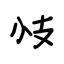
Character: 忮